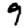
Digit: 9